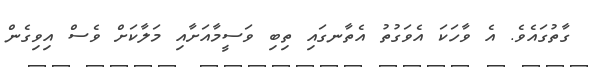
ގާތުގައެވެ. އެ ވާހަކަ އެވަގުތު އެތާނގައި ތިބި ވަސީމާއަށާއި މަލާކަށް ވެސް އިވިގެން